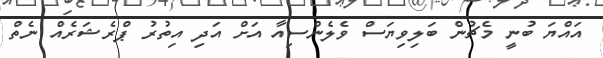
އައްޔަ ބުނީ މެޗުން ބަލިވިޔަސް ވެލެންސިއާ އަށް އަދި އިތުރު ޕްރެޝަރެއް ނެތް